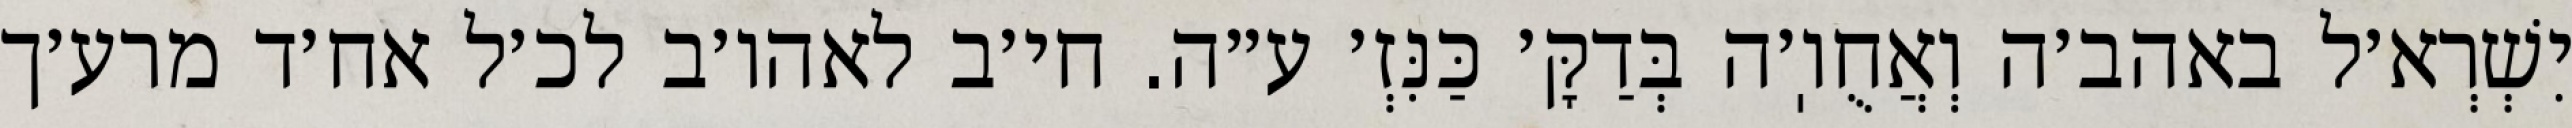
יִשְׁרְא׳ל באהב׳ה וְאֲחֻוֽ׳ה בְּדַקָּ׳ כַּנִּזְ׳ ע״ה. חי׳ב לאהו׳ב לכ׳ל אח׳ד מרע׳ך